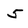
Character: 5